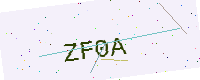
Text: ZF0A